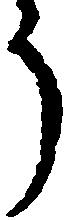
う